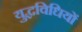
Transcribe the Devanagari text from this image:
युद्धविधियों